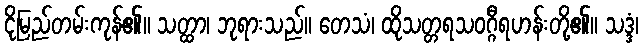
ငိုမြည်တမ်းကုန်၏။ သတ္ထာ၊ ဘုရားသည်။ တေသံ၊ ထိုသတ္တရသဝဂ္ဂီရဟန်းတို့၏။ သဒ္ဒံ၊